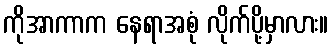
ကိုအာကာက နေရာအစုံ လိုက်ပို့မှာလား။